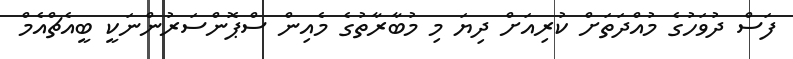
ފަސް ދުވަހުގެ މުއްދަތަށް ކުރިއަށް ދިޔަ މި މުބާރާތުގެ މެއިން ސްޕޮންސަރުންނަކީ ބީއެޗްއެމް